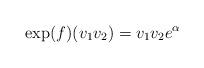
LaTeX: \begin{align*}\exp(f) (v_1 v_2) = v_1 v_2 e^\alpha\end{align*}